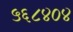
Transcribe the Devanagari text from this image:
५६८४०४